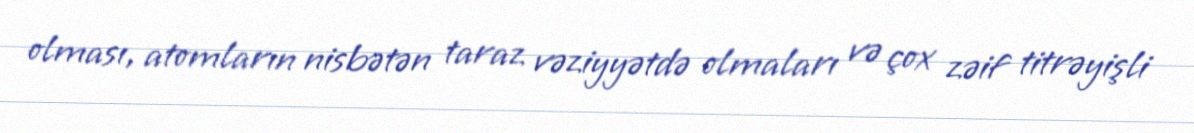
olması, atomların nisbətən taraz vəziyyətdə olmaları və çox zəif titrəyişli